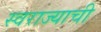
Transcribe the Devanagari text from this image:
स्‍वराज्याची